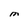
Character: M